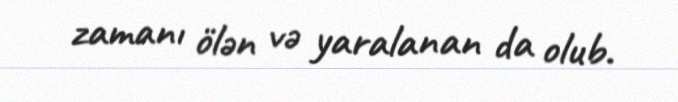
zamanı ölən və yaralanan da olub.